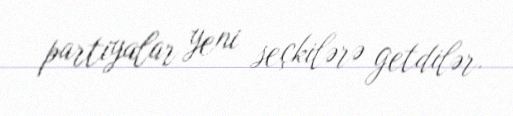
partiyalar yeni seçkilərə getdilər.